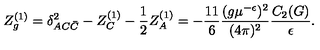
Z _ { g } ^ { ( 1 ) } = \delta _ { A C \bar { C } } ^ { 2 } - Z _ { C } ^ { ( 1 ) } - \frac 1 2 Z _ { A } ^ { ( 1 ) } = - \frac { 1 1 } 6 \frac { ( g \mu ^ { - \epsilon } ) ^ { 2 } } { ( 4 \pi ) ^ { 2 } } \frac { C _ { 2 } ( G ) } { \epsilon } .